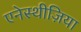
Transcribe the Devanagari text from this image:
एनेस्थीज़िया